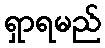
ရှာရမည်